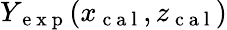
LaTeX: Y_{\mathrm{~e~x~p~}}(x_{\mathrm{~c~a~l~}},z_{\mathrm{~c~a~l~}})